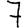
Digit: 7